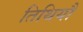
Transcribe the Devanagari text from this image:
तिथियौ